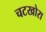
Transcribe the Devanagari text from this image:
चटखोरा